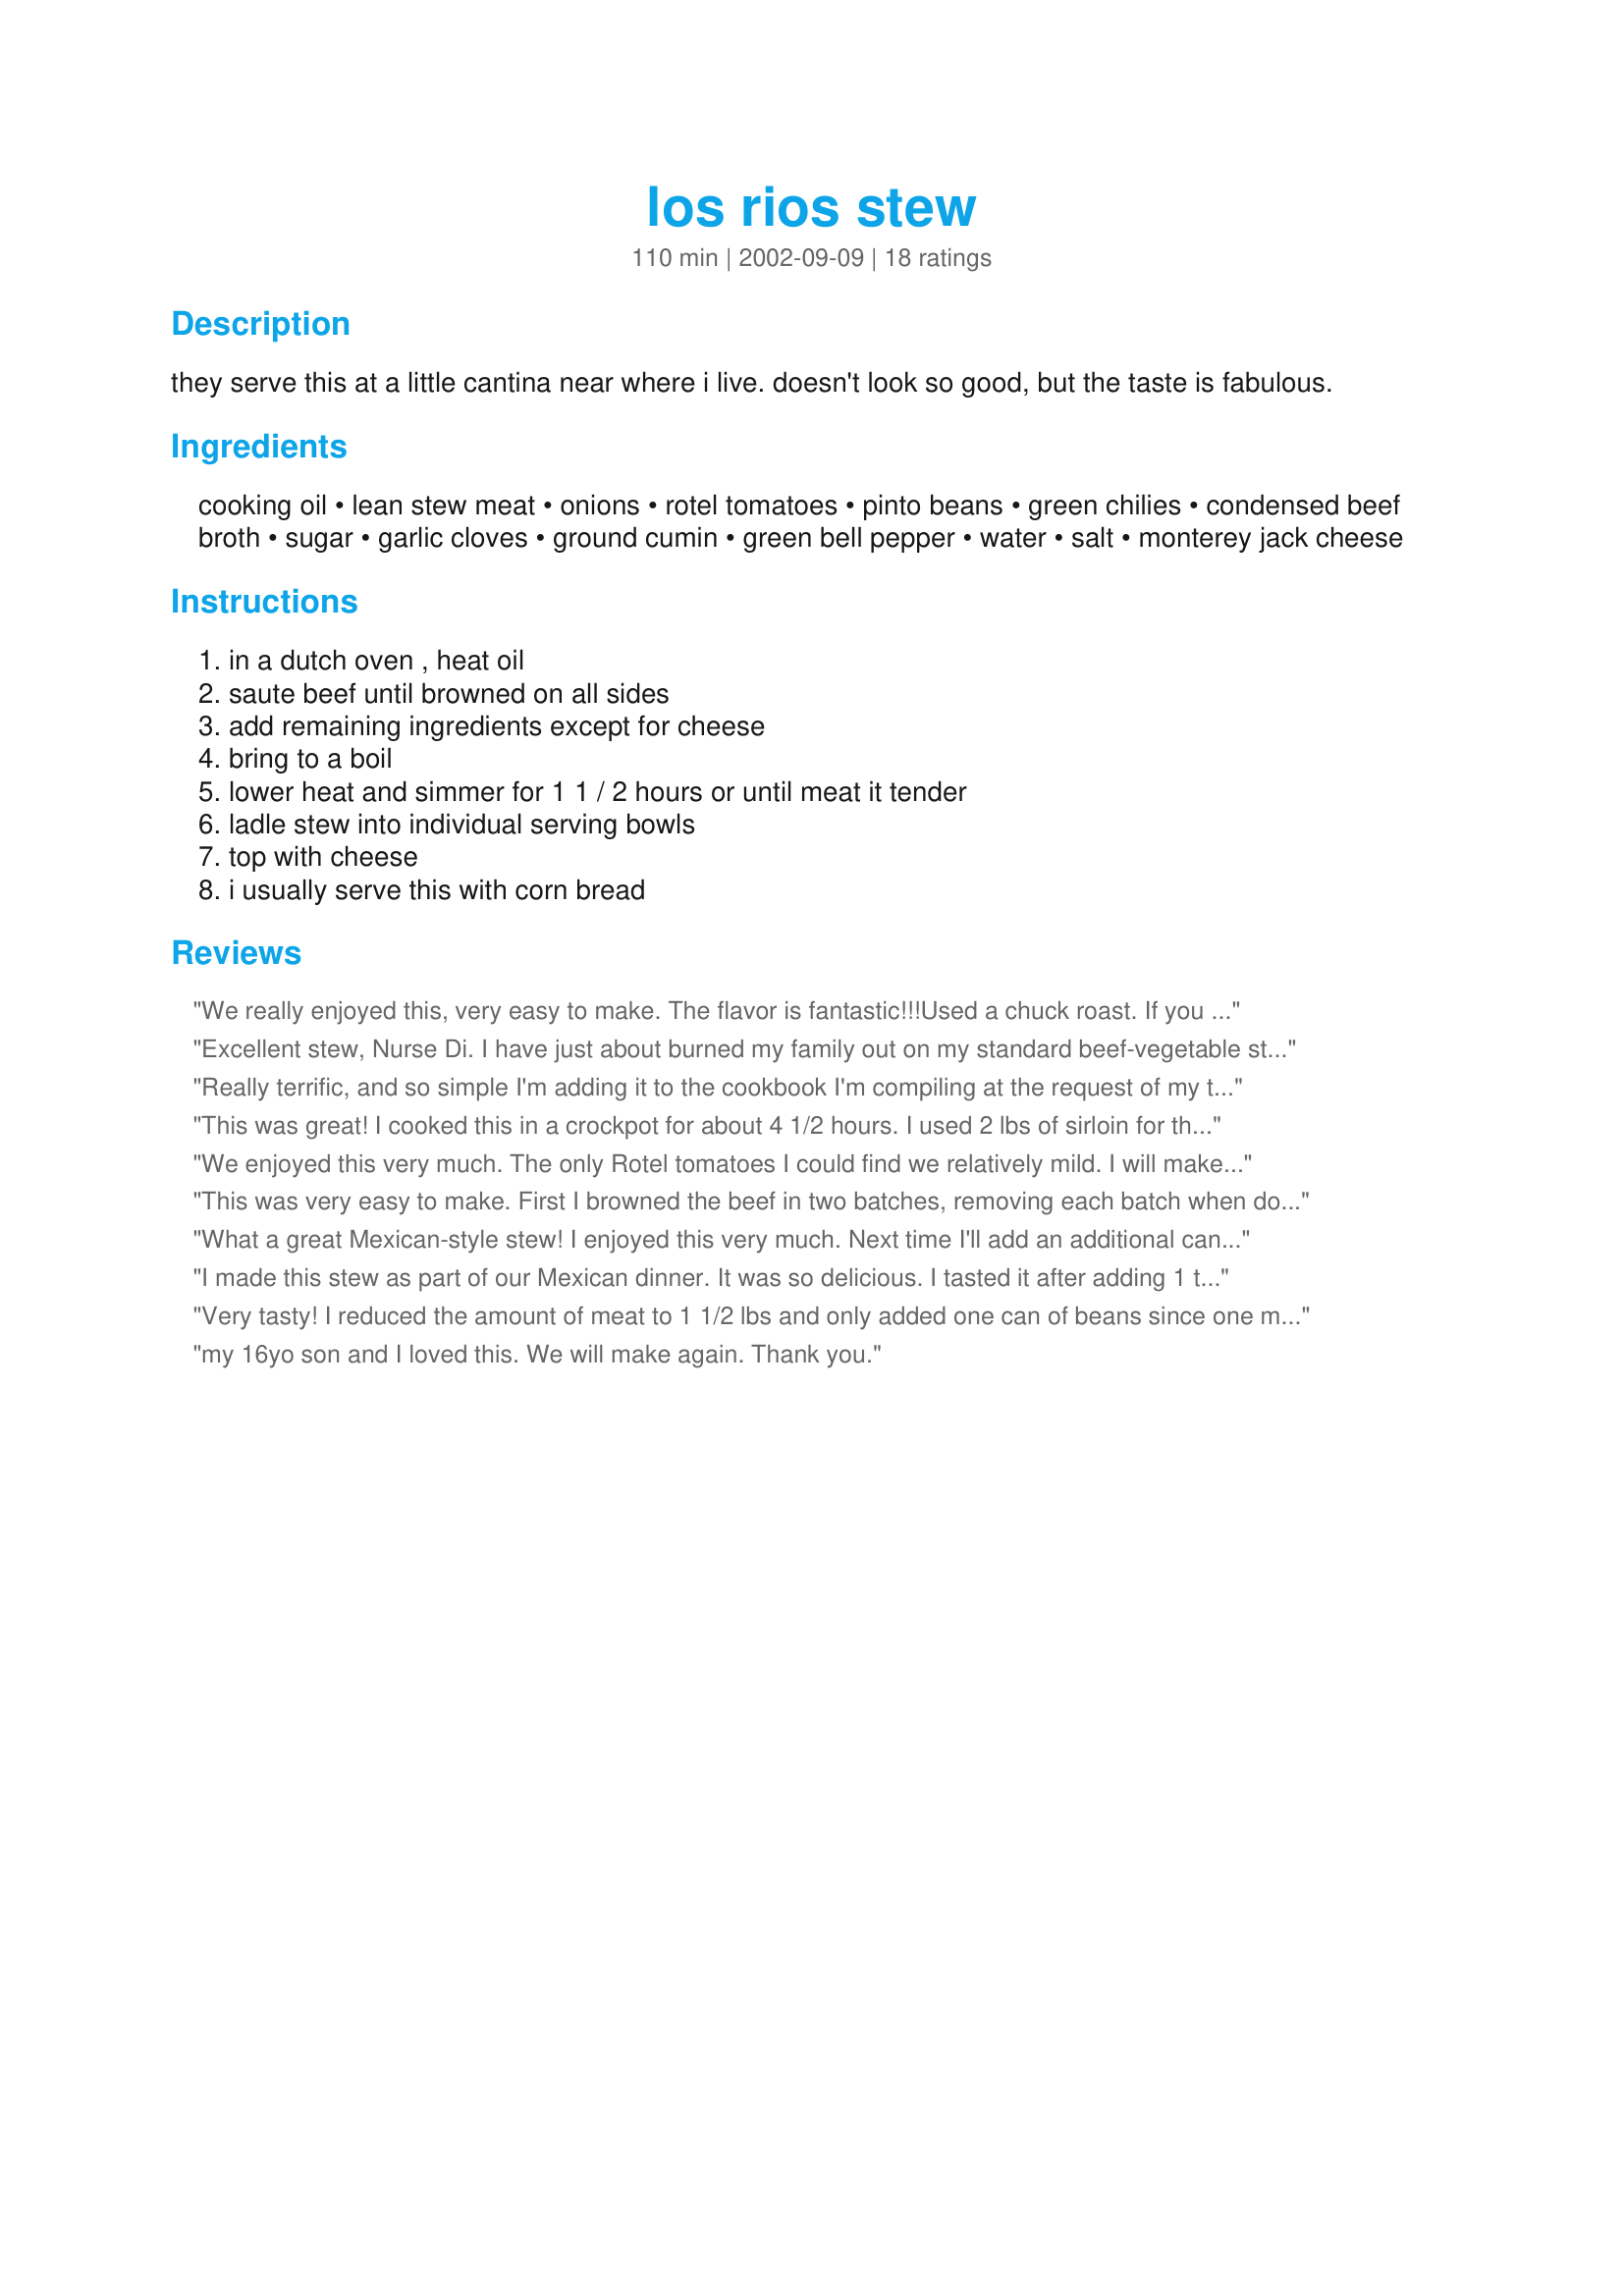
los rios stew
Preparation time: 110 minutes

they serve this at a little cantina near where i live. doesn't look so good, but the taste is fabulous.

Ingredients:
cooking oil, lean stew meat, onions, rotel tomatoes, pinto beans, green chilies, condensed beef broth, sugar, garlic cloves, ground cumin, green bell pepper, water, salt, monterey jack cheese

Steps:
in a dutch oven , heat oil, saute beef until browned on all sides, add remaining ingredients except for cheese, bring to a boil, lower heat and simmer for 1 1 / 2 hours or until meat it tender, ladle stew into individual serving bowls, top with cheese, i usually serve this with corn bread

Reviews:
We really enjoyed this, very easy to make. The flavor is fantastic!!!Used a chuck roast. If you are looking for a DELICIOUS stew this is the one to use :)
Excellent stew, Nurse Di. I have just about burned my family out on my standard beef-vegetable stew. This was something different that we all loved. I also used the extra-spicy rotel tomatoes and all the cumin. Wonderful Tex-Mex flavor and chunky texture. Didn't have time to make cornbread but will have to try that next time. Thanks.
Really terrific, and so simple I'm adding it to the cookbook I'm compiling at the request of my twentysomething kids who are desperately trying to feed themselves now. :) No pinto beans on hand, so I substituted a can of chili beans and a can of black beans. Worked fine. Only had regular Rotel, so I added a diced chipotle pepper with a little adobo sauce. I imagine this bumped the original 'heat' level up a notch or two, but my fire-eating children are gonna love it! Thanks, NurseDi, for sharing this incredibly easy winner!
This was great! I cooked this in a crockpot for about 4 1/2 hours. I used 2 lbs of sirloin for the meat and used black beans instead of pinto beans. For added color, I added some red pepper. I also squeezed in some fresh lime juice. This looked so colorful served on top of a bowl of rice and topped with shredded monterrey jack and fresh cilantro. Served with jalapeno corn bread and this makes a wonderful meal! Thanks for sharing.
We enjoyed this very much. The only Rotel tomatoes I could find we relatively mild. I will make this again but it isn't visually attractive enough for company IMHO. Thank you for the recipe.
This was very easy to make. First I browned the beef in two batches, removing each batch when done. I then added the onion and partially browned that before stirring in the garlic. I readded the beef, along with everything else, along with one green serrano chili - slit partially lengthwise, to give it some extra spiceness. I also added a little fresh chopped cilantro after I turned off the heat. You could also brown everything and then throw it in the crockpot, although I probably wouldn't add the water if making it that way. Thanks for sharing!
What a great Mexican-style stew! I enjoyed this very much. Next time I'll add an additional can of Rotel, and maybe some jalapenos. Thank you very much Di!
I made this stew as part of our Mexican dinner. It was so delicious. I tasted it after adding 1 t. cumin and went ahead and added another 1/2 t. I thought that was just right for my taste buds anyway. Very hearty and full-flavored. This is a great winter weather meal. Thanks for sharing this recipe.
Very tasty! I reduced the amount of meat to 1 1/2 lbs and only added one can of beans since one member of my family is phobic about the results of eating them! The only Rotel tomatoes I can get around here are the very mild ones so I added a bit of Chipolte chili powder along with the 2 tsps. of cumin. I though the shredded Monterey Jack added a lot of flavor too. I served it with some really good white corn tortilla chips.
Thanks!
my 16yo son and I loved this. We will make again.
Thank you.
Mmmm....Quick and delicious stew. I brought it to a simmer on the stove and then transferred it to the crock pot and cooked it on low for about 5 hours. I only used a 1/2 teaspoon of cumin, DH isn&#039;t a fan and added a teaspoon of dried oregano. Looking forward to the leftovers. Thanks for posting the recipe.
Delightful! It's a cold December day and I decided to warm the house by cooking this. While it was cooking I sat around and was driven crazy from 'eating' the smell that came from the oven. The only thing I added to the recipe was two Jalapeno Chilies, seeded, vained, and finely minced. I can't help myself. Since the oven was hot I mixed a batch of Jalapeno Corn Bread (Your recipe # 49113) and baked Corn Sticks. Add a leaf lettuce salad with Key Lime juice for dressing. It approached Nervana!Thanx! And Thanx for the Jalapeno corn bread recipe. It makes fantastic corn sticks. My 30 year old cast iron bread stick pan has never been happier. I share it's feelings. Thanx again!
I have been wanting to try this for a long time and finally got around to making it last night for dinner tonight. I cut a rump roast into bite-size pieces and followed the rest of the recipe except leaving out the green peppers. The meat was tender in the time stated (1 1/2 hours). The flavor was excellent - very rich and well seasoned. I put a corn tortilla in the bottom of each bowl and then put the stew on top of that and reheated. Also added some mexican cheese on top. Everyone in my family enjoyed it and it was very easy to make so I know I will be doing this again. Thanks for posting!
A true delight. My husband and I had friends over to watch the Super Bowl. I made this stew and homemade cornbread. WOW, were we in for a treat. Thick and chunky with yummy, yummy flavor. I used the full 2 teaspoons cumin and the extra-hot Rotel. I cut the cornbread in half and spooned the stew on top. Just awesome. Thank-you. Can't wait to make this one again.
My family enjoyed this good and different stew. I made the recipe as listed, but found the end result a little watery and not as thick as I like a stew.
I just love this recipe and one I try to make when we have chilly nights. I have made this on the stove and in the crock pot and both ways are great. I have used black beans in place of the pinto beads and I don't add the sugar. I also usually make this with pork loin for the meat which just melts in your mouth. I have made this for company and have had to pass the recipe along. Thanks for posting a great recipe that is a staple dinner come fall and winter ( and a few times in the summer in the crock pot).
Really very good! I decided to throw this in the crock pot before work and it turned out beautifully. I only had one can of beans and one can of green chilis so that is what I used. Also I couldn't find Rotel for the life of me (?!?) so I used store brand tomatoes with chiles and that seemed to work just fine. Served with a side of corn bread as suggested and it was a great weeknight meal.
Oh my goodness. This stew was a stupendous success with my family/friends. We had several people over to watch football last Saturday. Everyone complimented on how good it was. I used the hot/spicy Rotel tomatoes and only 1 teaspoon ground cumin. For me, I could have added the other teaspoon, but my husband is kind of wimpy when it comes to spices so I compromised. The cheese on top was perfect. I served this stew with tortilla chips and we were set. A great Tex-Mex hearty meal.
